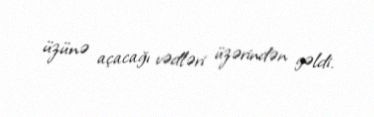
üzünə açacağı vədləri üzərindən gəldi.